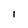
Character: I